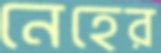
নেহের